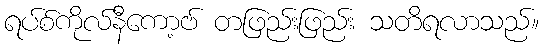
ရပ်စ်ကိုလ်နီကော့ဗ် တဖြည်းဖြည်း သတိရလာသည်။